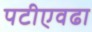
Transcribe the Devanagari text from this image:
पटीएवढा